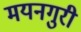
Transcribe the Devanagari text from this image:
मयनगुरी